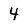
Character: 4